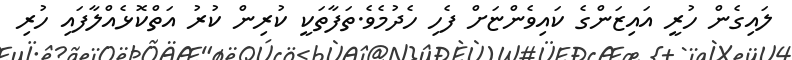
ލައިގެން ހުރީ އައިޒަންގެ ކައިވެންޏަށް ފެހި ހެދުމެވެ.ތަފާތަކީ ކުރިން ކުރު އަތްކޮޅެއްލާފައި ހުރި